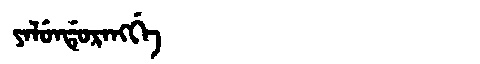
Manchu: ᠶᠠᠯᡠᠨᡩᡠᡵᠠᠩᡤᡝ
Romanization: YALUNDURANGGE